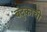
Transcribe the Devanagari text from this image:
बंदुकाची